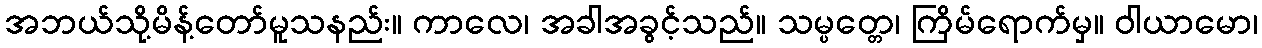
အဘယ်သို့မိန့်တော်မူသနည်း။ ကာလေ၊ အခါအခွင့်သည်။ သမ္ပတ္တေ၊ ကြိမ်ရောက်မှ။ ဝါယာမော၊